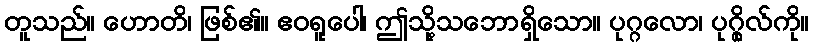
တူသည်။ ဟောတိ၊ ဖြစ်၏။ ဧဝရူပေါ၊ ဤသို့သဘောရှိသော။ ပုဂ္ဂလော၊ ပုဂ္ဂိုလ်ကို။